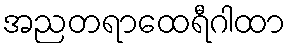
အညတရာထေရီဂါထာ